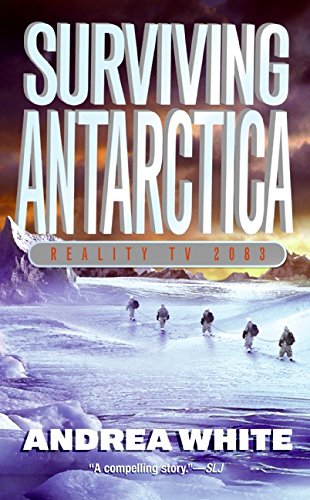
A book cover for Surviving Antarctica: Reality TV 2083; Andrea White; Teen & Young Adult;